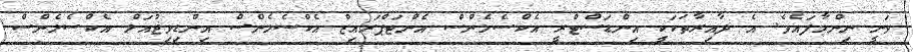
ވަނީ ނިންމާފައެވެ. އެ ދާއިރާތަކަކީ އިންޑަސްޓްރީ އެކްސެލެންސް އެންޓަޕްރައިޒް އެކްސެލެންސް އިންޑިވިޖުއަލް އެކްސެލެންސް